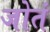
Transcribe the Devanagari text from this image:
जोतं